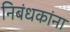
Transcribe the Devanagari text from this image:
निबंधकांना